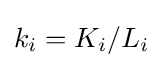
k_{i}=K_{i}/L_{i}